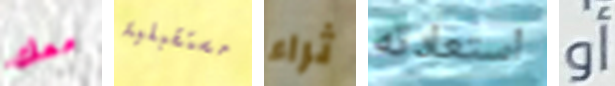
معك مستقبلية ثراء استعادته أو